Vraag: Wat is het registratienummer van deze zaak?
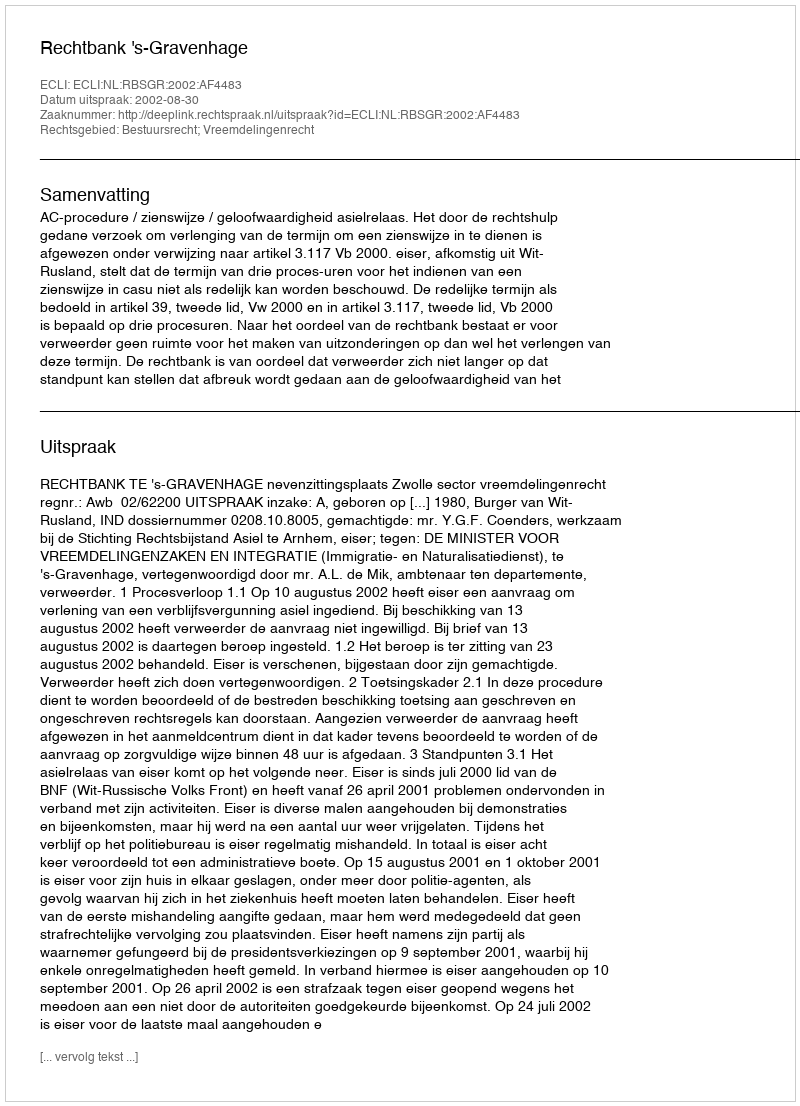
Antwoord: http://deeplink.rechtspraak.nl/uitspraak?id=ECLI:NL:RBSGR:2002:AF4483